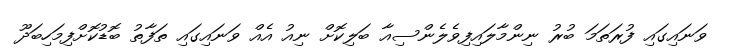
ވަނައިގައި ފުރަތަމަ ބުރު ނިންމާލައިފިވެލެންސިއާ ބަލިކޮށް ނިއު އެއް ވަނައިގައި ތަފާތު ބޮޑުކޮށްފިމަހިބަދޫ